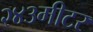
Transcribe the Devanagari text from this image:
२४३मीटर